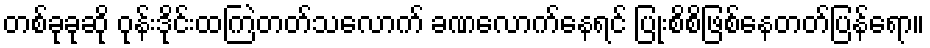
တစ်ခုခုဆို ဝုန်းဒိုင်းထကြဲတတ်သလောက် ခဏလောက်နေရင် ပြုံးစိစိဖြစ်နေတတ်ပြန်ရော။